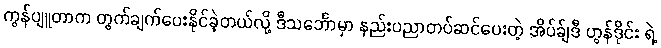
ကွန်ပျူတာက တွက်ချက်ပေးနိုင်ခဲ့တယ်လို့ ဒီသင်္ဘောမှာ နည်းပညာတပ်ဆင်ပေးတဲ့ အိပ်ခ်ျဒီ ဟွန်ဒိုင်း ရဲ့